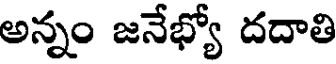
అన్నం జనేభ్యో దదాతి